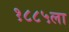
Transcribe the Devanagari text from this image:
१८८५ला